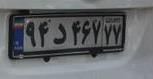
۹۴د۴۶۷۷۷